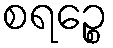
စရဉ္စေ